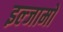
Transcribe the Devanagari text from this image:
इल्जामों